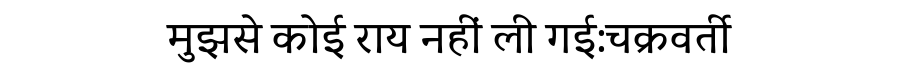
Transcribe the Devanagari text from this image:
मुझसे कोई राय नहीं ली गई:चक्रवर्ती